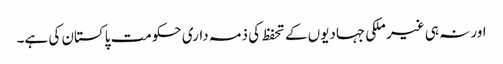
اور نہ ہی غیر ملکی جہادیوں کے تحفظ کی ذمہ داری حکومت پاکستان کی ہے۔